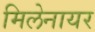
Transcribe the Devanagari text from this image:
मिलेनायर